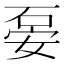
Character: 𥒇